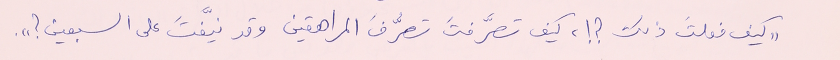
"كيف فعلتَ ذلك ؟ !، كيف تصرَّفتَ تصرُّفَ المراهقين وقد نيَّفتَ على السبعين ؟".